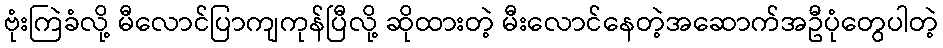
ဗုံးကြဲခံလို့ မီလောင်ပြာကျကုန်ပြီလို့ ဆိုထားတဲ့ မီးလောင်နေတဲ့အဆောက်အဦပုံတွေပါတဲ့